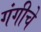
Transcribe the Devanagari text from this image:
गंगीचे